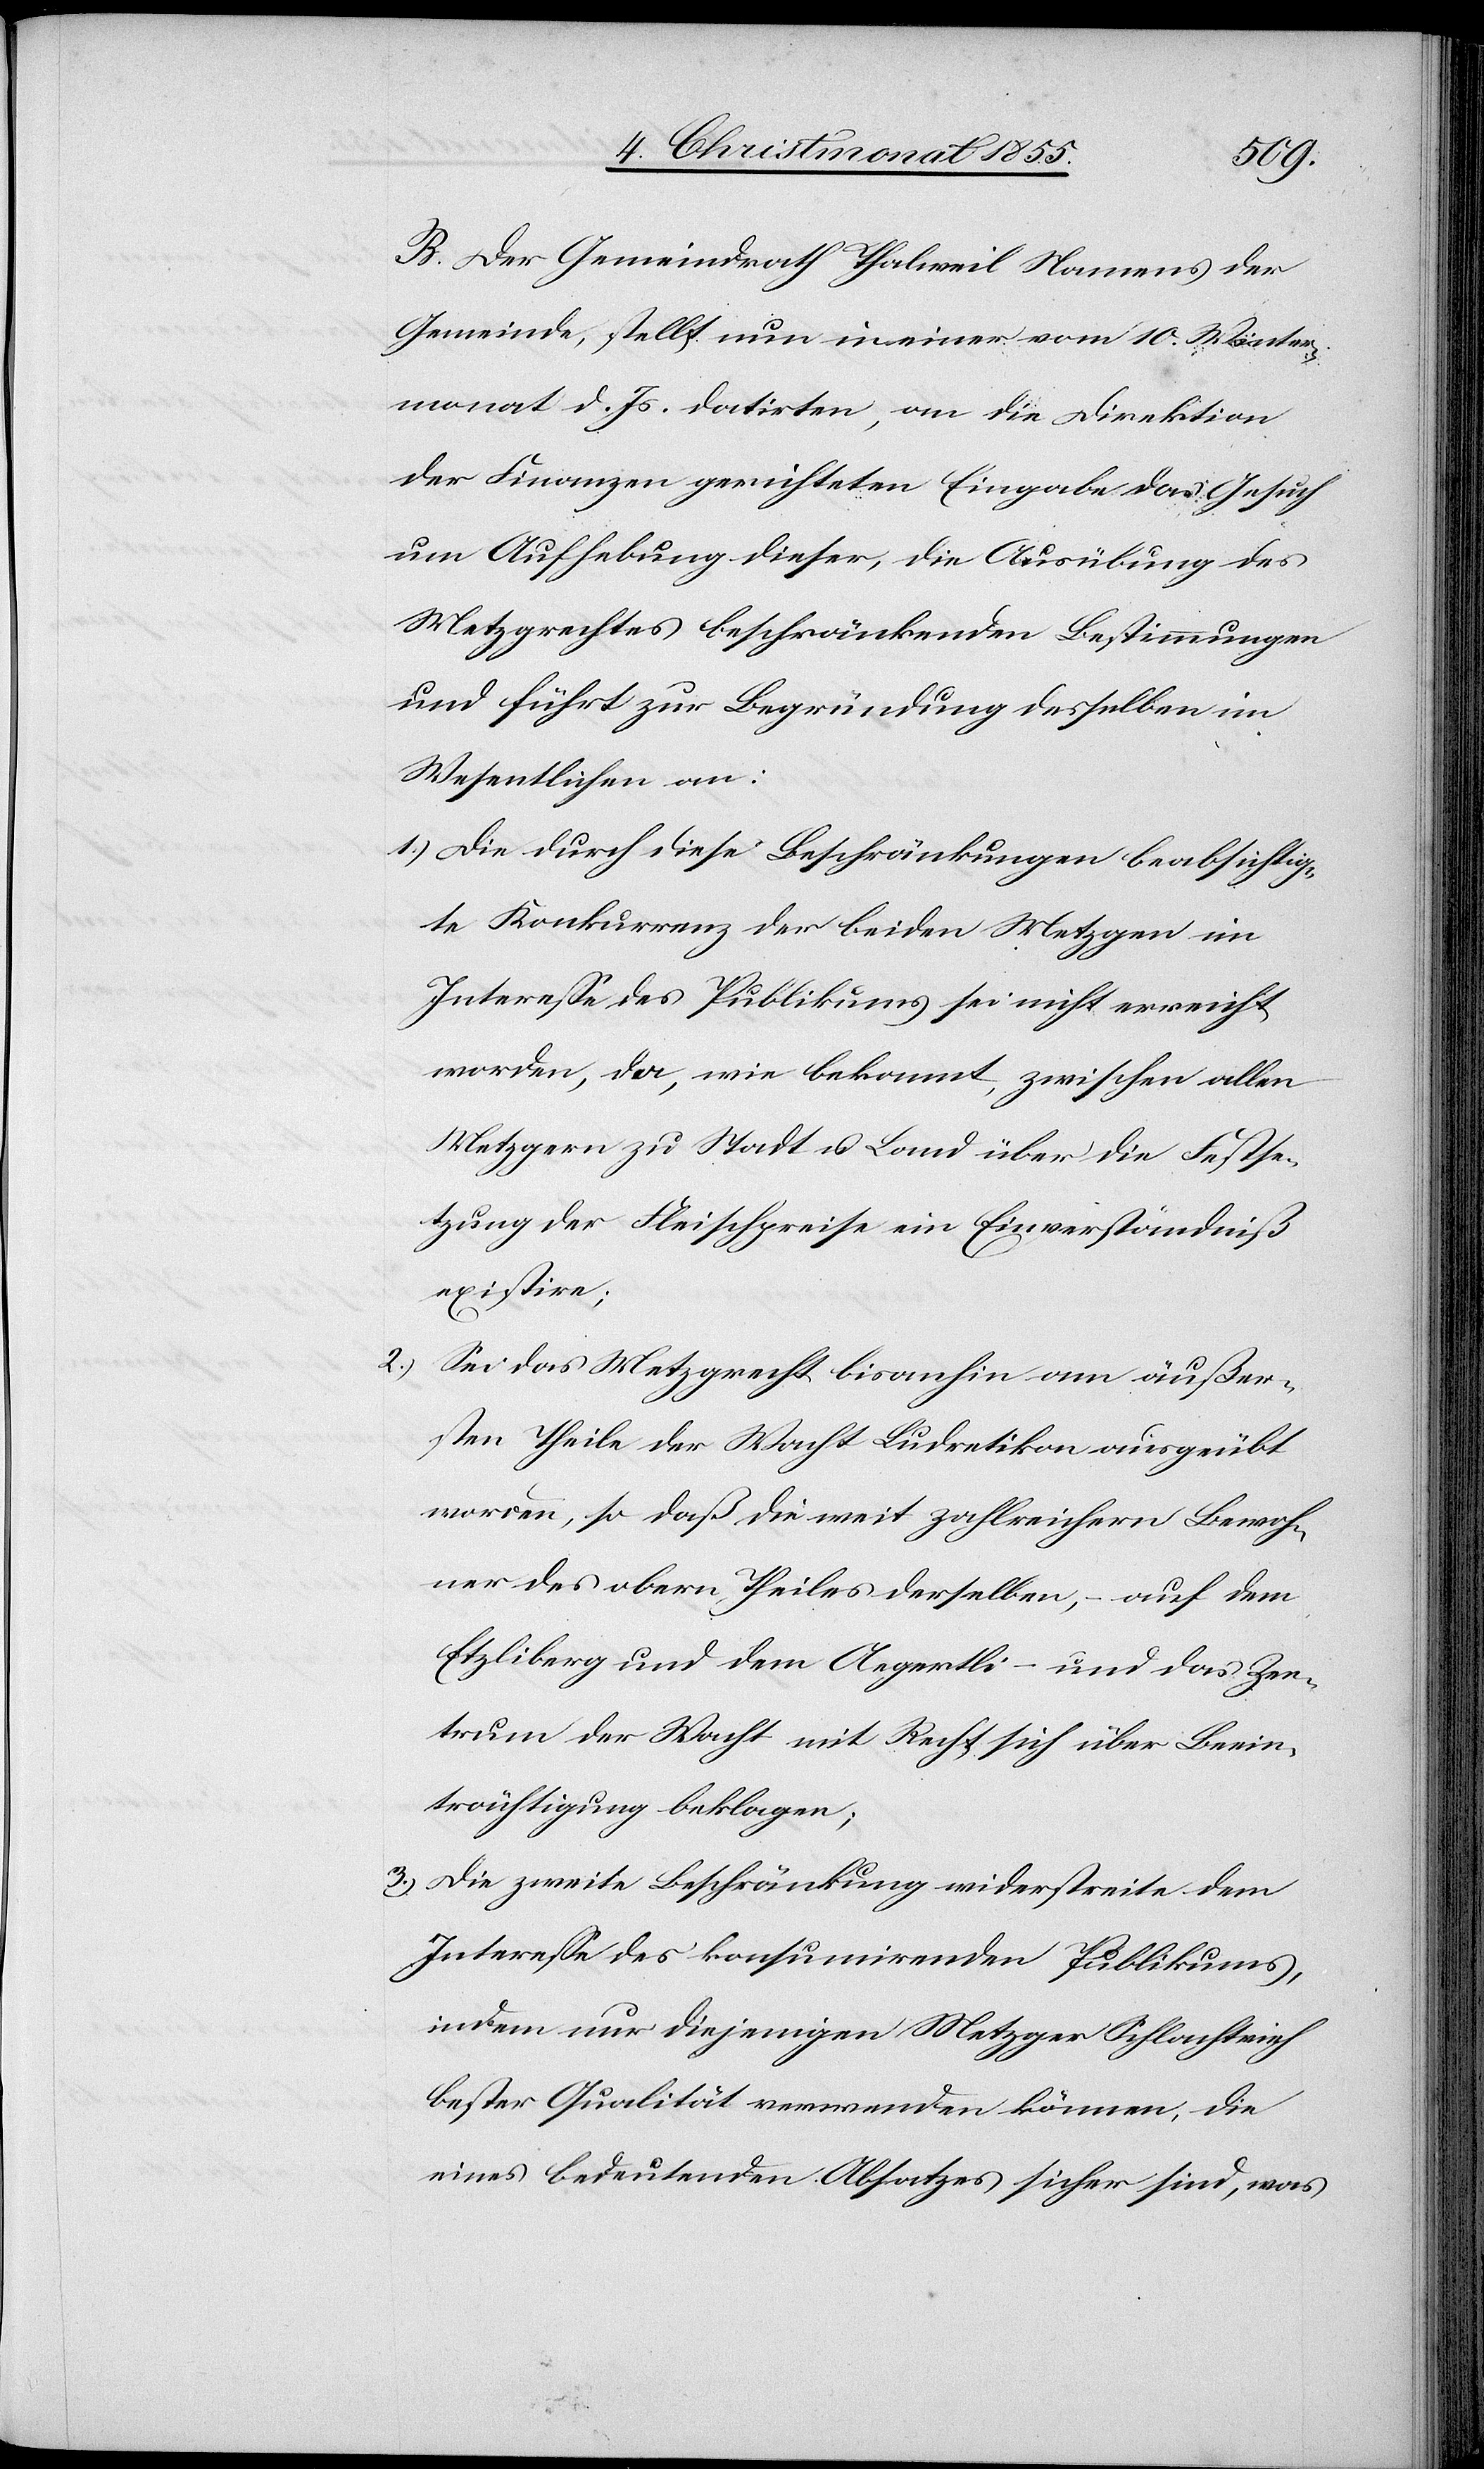
3.)

B. Der Gemeindrath Thalweil Namens der
Gemeinde, stellt nun in einer vom 10. Winter¬
monat d. Js. datirten, an die Direktion
der Finanzen gerichteten Eingabe das Gesuch
um Aufhebung dieser, die Ausübung des
Metzgrechtes beschränkenden Bestimmungen
und führt zur Begründung desselben im
Wesentlichen an:
Die durch diese Beschränkungen beabsichtig¬
te Konkurrenz der beiden Metzgen im
Interesse des Publikums sei nicht erreicht
worden, da, wie bekannt, zwischen allen
Metzgern zu Stadt u. Land über die Festse¬
tzung der Fleischpreise ein Einverständniß
existire;
Sei das Metzgrecht bisanhin am äußer¬
sten Theile der Wacht Ludretikon ausgeübt
worden, so daß die weit zahlreichern Bewoh¬
ner des obern Theiles derselben, – auf dem
Etzliberg und dem Aegertli – und das Zen¬
trum der Wacht mit Recht sich über Beein¬
trächtigung beklagen;
Die zweite Beschränkung widerstreite dem
Interesse des konsumirenden Publikums,
indem nur diejenigen Metzger Schlachtvieh
bester Qualität verwenden können, die
eines bedeutenden Absatzes sicher sind, was